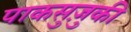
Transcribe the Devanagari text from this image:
पाकसुज़ुकी